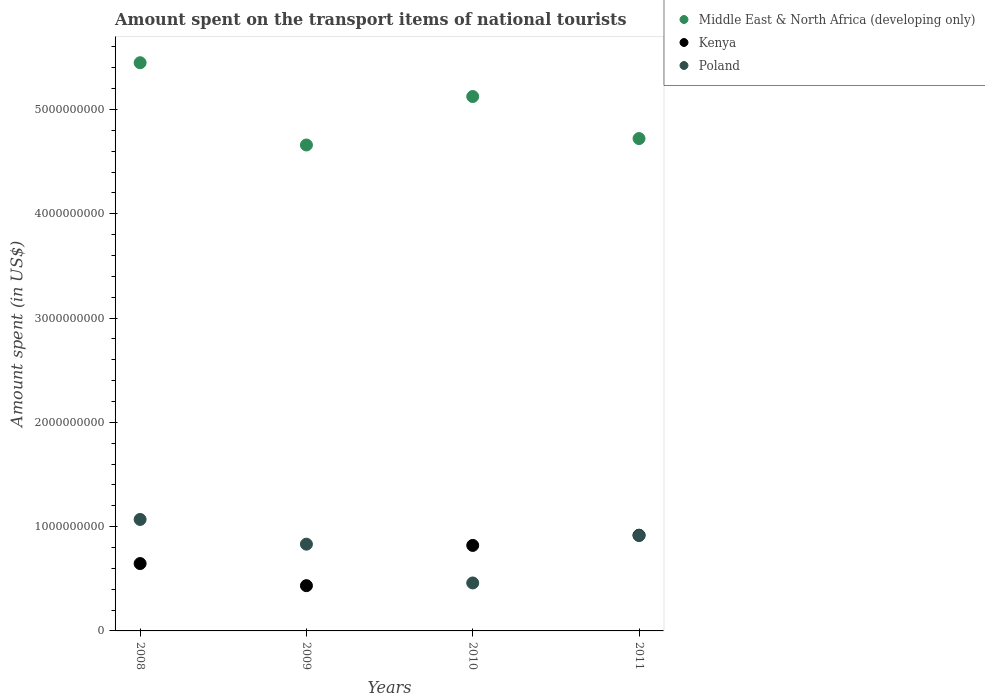
| Years | Middle East & North Africa (developing only) | Kenya | Poland |
 | --- | --- | --- | --- |
 | 2008 | 5.45e+09 | 6.46e+08 | 1.07e+09 |
 | 2009 | 4.66e+09 | 4.34e+08 | 8.32e+08 |
 | 2010 | 5.12e+09 | 8.2e+08 | 4.6e+08 |
 | 2011 | 4.72e+09 | 9.18e+08 | 9.15e+08 |